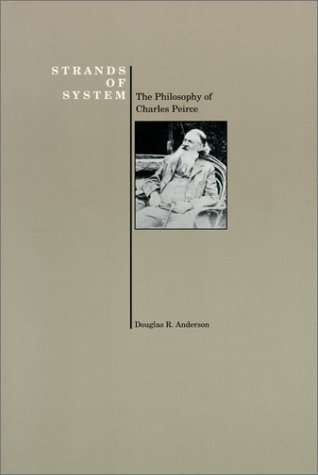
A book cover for Strands of System: The Philosophy of Charles Peirce (Purdue University Press Series in the History of Philosophy); Douglas R Anderson; Politics & Social Sciences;